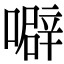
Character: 噼